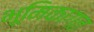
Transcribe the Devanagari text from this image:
भूमिकागत